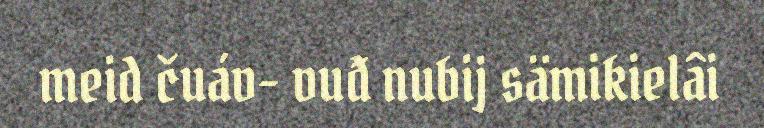
meid čuáv- vuđ nubij sämikielâi